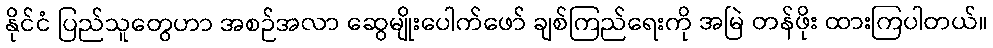
နိုင်ငံ ပြည်သူတွေဟာ အစဉ်အလာ ဆွေမျိုးပေါက်ဖော် ချစ်ကြည်ရေးကို အမြဲ တန်ဖိုး ထားကြပါတယ်။